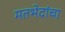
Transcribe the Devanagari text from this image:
मतभेदांचा